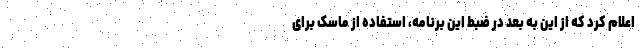
اعلام کرد که از این به بعد در ضبط این برنامه، استفاده از ماسک برای